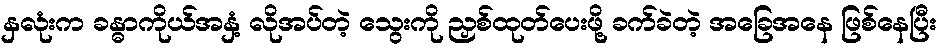
နှလုံးက ခန္ဓာကိုယ်အနှံ့ လိုအပ်တဲ့ သွေးကို ညှစ်ထုတ်ပေးဖို့ ခက်ခဲတဲ့ အခြေအနေ ဖြစ်နေပြီး